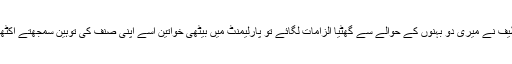
آج بھی جاوید لطیف نے میری دو بہنوں کے حوالے سے گھٹیا الزامات لگائے تو پارلیمنٹ میں بیٹھی خواتین اسے اپنی صنف کی توہین سمجھتے اکٹھی نہیں ہو سکیں۔